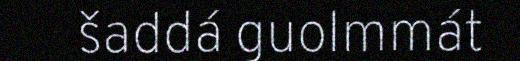
šaddá guolmmát